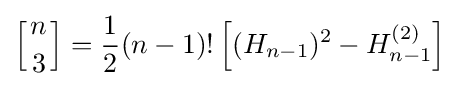
\left[{n \atop 3}\right]={\frac {1}{2}}(n-1)!\left[(H_{n-1})^{2}-H_{n-1}^{(2)}\right]